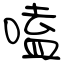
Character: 嗑